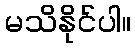
မသိနိုင်ပါ။